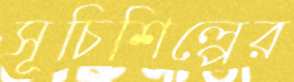
সূচিশিল্পের